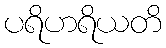
ပရိဟရိယတိ